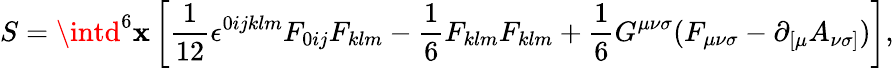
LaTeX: S=\intd^{6}\mathbf{x}\left[{\frac{{1}}{{12}}}{\epsilon}^{0ijklm}F_{0ij}F_{klm}-{\frac{1}{6}}F_{klm}F_{klm}+{\frac{1}{6}}G^{{\mu}{\nu}{\sigma}}(F_{{\mu}{\nu}{\sigma}}-{\partial}_{[{\mu}}A_{{\nu}{\sigma}]})\right],